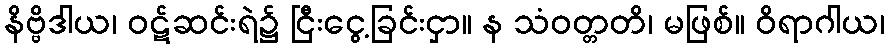
နိဗ္ဗိဒါယ၊ ဝဋ်ဆင်းရဲ၌ ငြီးငွေ့ခြင်းငှာ။ န သံဝတ္တတိ၊ မဖြစ်။ ဝိရာဂါယ၊